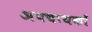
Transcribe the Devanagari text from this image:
अपचायकों